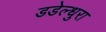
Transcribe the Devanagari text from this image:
डडेल्धुरा